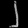
Digit: ၂